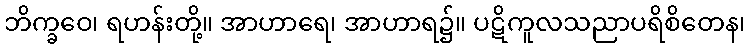
ဘိက္ခဝေ၊ ရဟန်းတို့။ အာဟာရေ၊ အာဟာရ၌။ ပဋိကူလသညာပရိစိတေန၊